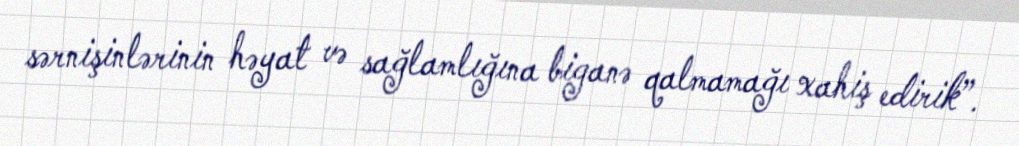
sərnişinlərinin həyat və sağlamlığına biganə qalmamağı xahiş edirik”.